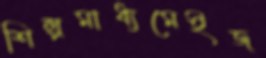
শিল্পমাধ্যমেইজ